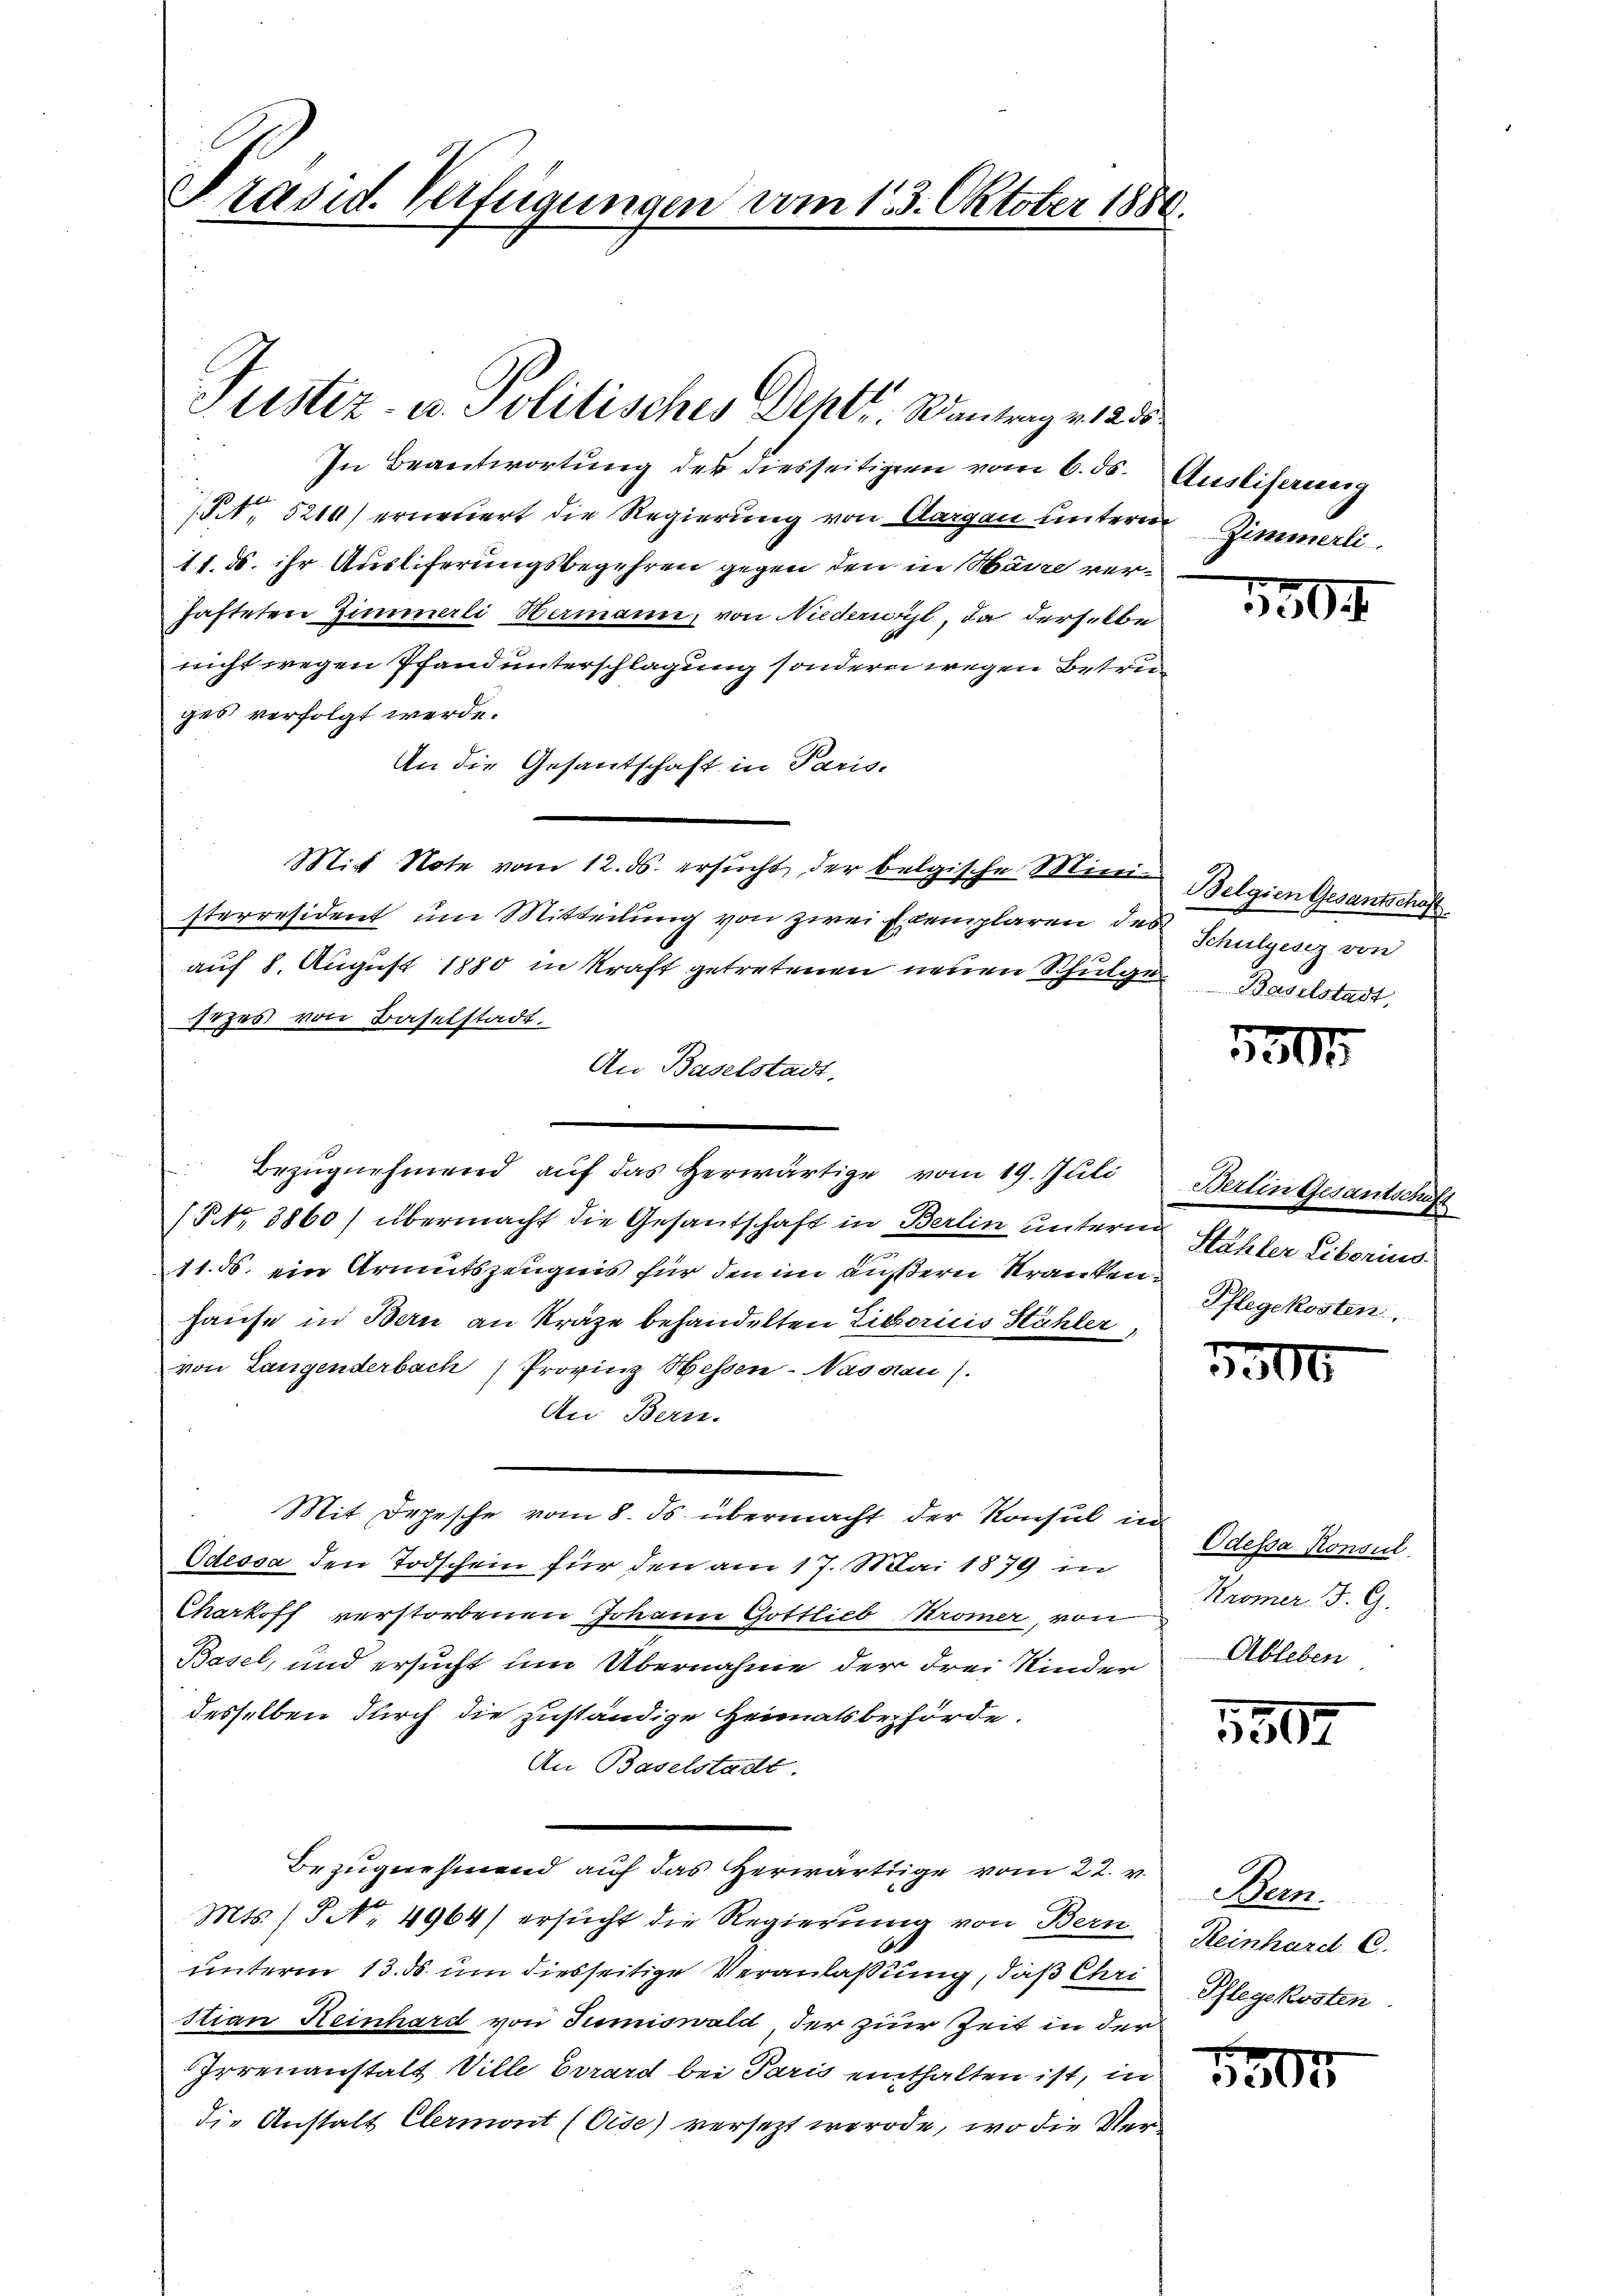
Präsid. Verfügungen vom 13. Oktober 1889.

In Beantwortung des diesseitigen vom 6. ds. Ausliferung
NNo. 5210) ernetiert die Regierung von Aargau unterm Zimmerli
11. ds. ihr Auslieferungsbegehren gegen den in Mann verhafteten Zimmerli Hermann, von Niederweit, da derselbe
nicht wegen Pfand unterschlagung sondern wegen Betruges verfolgt werde.
An die Gesandschaft in Paris,
Mit Note vom 12. ds. ersucht, der belgische Ministerresident um Mitteilung von zwei Exemplaren des
auf 8. August 1880 in Kraft getretenen neuen Schulgen Baselstadt,
sezes von Baselstadt.
An Baselstadt,
(§ 3860) übermacht die Gesandtschaft in Berlin unterm Stehler Liberius
11. ds. ein Armutszeugnis für den im äußern Kranken¬
Hause in Bern an Kräge behandelten Liboricis Hühler,
von Langenderbach Provinz Hessen-Nassau).
An Bern.
Mit Depesche vom 8. ds. übermacht der Konsul in
Odessa den Todschein für den am 17. Mai 1879 in
Cherkoff verstorbenen Johann Gottlieb Strömer, von Promer F. G.
Basel, und ersucht um Übernahme der drei Kinder
desselben durch die zuständige Heimatsbehörde.
An Baselstadt.
Bezugnehmend auf das Herwärtige vom 22. v.
Mts. (T NNo. 4964) ersucht die Regierung von Bern
unterm 13. ds. um diesseitige Veranlaßung, daß Chri
stian Heinhard von Juniswald, der zur Zeit in der
Irrenanstalt Ville Errard bei Paris enthalten ist, in
die Anstalt Clermont (Gise) versezt werde, wo die Ver

Justiz- u. Politisches Dehtr. Wantrag v. 1255.

Bezugnehmend auf das Herwärtige vom 19. Juli

1804

Belgien Gesantschaft
Schulgesez von

5500

Berlin Gesantschäft
Pflegekosten,

5500

Odessa Konsul
Ableben.

5507

Bern.
Reinhard C.
Pflegekosten.

5500